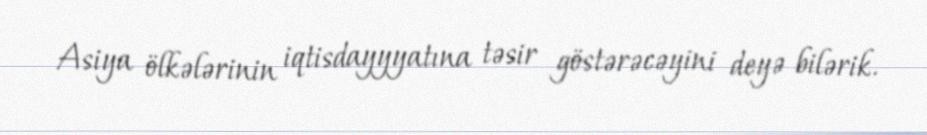
Asiya ölkələrinin iqtisdayyyatına təsir göstərəcəyini deyə bilərik.